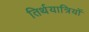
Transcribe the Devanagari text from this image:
तिर्थयात्रियों